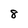
Character: 8